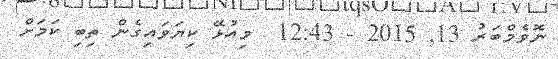
ނޮވެމްބަރު 13